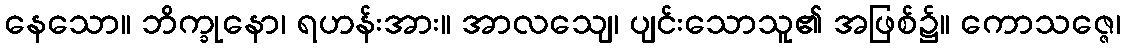
နေသော။ ဘိက္ခုနော၊ ရဟန်းအား။ အာလသျေ၊ ပျင်းသောသူ၏ အဖြစ်၌။ ကောသဇ္ဇေ၊